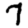
Digit: 7